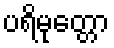
ပရိမုတ္တော